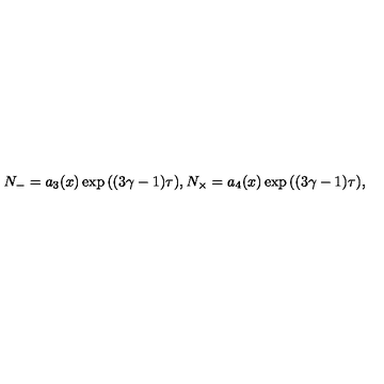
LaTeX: N _ { - } = a _ { 3 } ( x ) \exp { ( ( 3 \gamma - 1 ) \tau ) } , N _ { \times } = a _ { 4 } ( x ) \exp { ( ( 3 \gamma - 1 ) \tau ) } ,